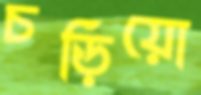
চড়িয়ো